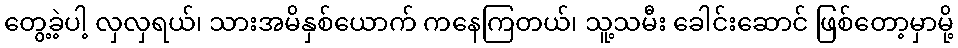
တွေ့ခဲ့ပါ့ လှလှရယ်၊ သားအမိနှစ်ယောက် ကနေကြတယ်၊ သူ့သမီး ခေါင်းဆောင် ဖြစ်တော့မှာမို့